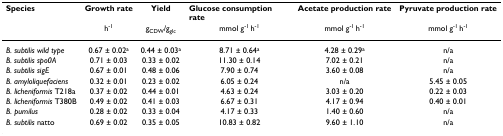
| Species | Growth rate | Yield | Glucose consumption rate | Acetate production rate | Pyruvate production rate |
 |  | h-1 | gCDW/gglc | mmol g-1 h-1 | mmol g-1 h-1 | mmol g-1 h-1 |
 | --- | --- | --- | --- | --- | --- |
 | B. subtilis wild type | 0.67 ± 0.02a | 0.44 ± 0.03a | 8.71 ± 0.64a | 4.28 ± 0.29a | n/a |
 | B. subtilis spo0A | 0.71 ± 0.03 | 0.33 ± 0.02 | 11.30 ± 0.14 | 7.02 ± 0.21 | n/a |
 | B. subtilis sigE | 0.67 ± 0.01 | 0.48 ± 0.06 | 7.90 ± 0.74 | 3.60 ± 0.08 | n/a |
 | B. amyloliquefaciens | 0.32 ± 0.01 | 0.23 ± 0.02 | 6.05 ± 0.24 | n/a | 5.45 ± 0.05 |
 | B. licheniformis T218a | 0.37 ± 0.02 | 0.44 ± 0.01 | 4.63 ± 0.24 | 3.03 ± 0.20 | 0.22 ± 0.03 |
 | B. licheniformis T380B | 0.49 ± 0.02 | 0.41 ± 0.03 | 6.67 ± 0.31 | 4.17 ± 0.94 | 0.40 ± 0.01 |
 | B. pumilus | 0.28 ± 0.02 | 0.33 ± 0.04 | 4.17 ± 0.33 | 1.40 ± 0.60 | n/a |
 | B. subtilis natto | 0.69 ± 0.02 | 0.35 ± 0.05 | 10.83 ± 0.82 | 9.60 ± 1.10 | n/a |